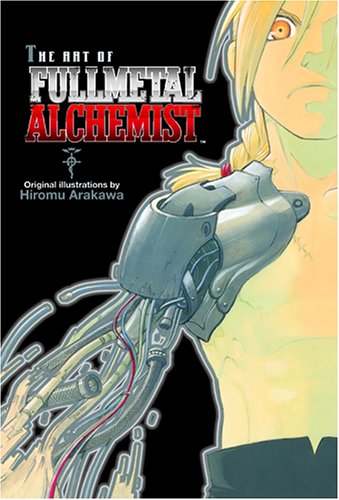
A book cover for The Art Of Fullmetal Alchemist; Hiromu Arakawa; Teen & Young Adult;